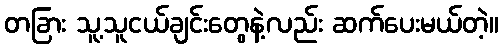
တခြား သူ့သူငယ်ချင်းတွေနဲ့လည်း ဆက်ပေးမယ်တဲ့။